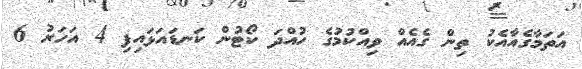
އަތަމާގެއާއެކު ތިން ގެއެއް ވިއްކުމުގެ ހުއްދަ ކޯޓުން ކަނޑައަޅައިފި 4 އަހަރު 6